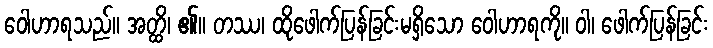
ဝေါဟာရသည်။ အတ္ထိ၊ ၏။ တဿ၊ ထိုဖေါက်ပြန်ခြင်းမရှိသော ဝေါဟာရကို။ ဝါ၊ ဖေါက်ပြန်ခြင်း